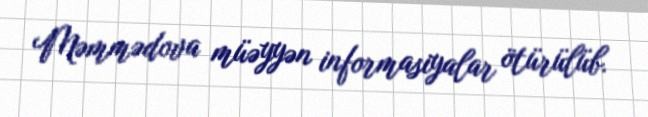
Məmmədova müəyyən informasiyalar ötürülüb.